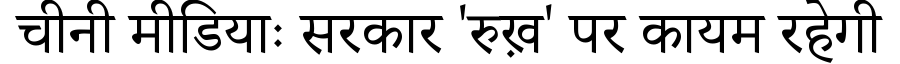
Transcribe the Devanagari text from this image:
चीनी मीडियाः सरकार 'रुख़' पर कायम रहेगी